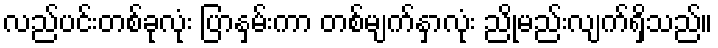
လည်ပင်းတစ်ခုလုံး ပြာနှမ်းကာ တစ်မျက်နှာလုံး ညိုမည်းလျက်ရှိသည်။